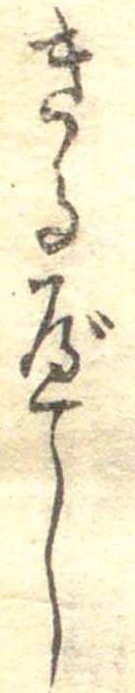
きるべし